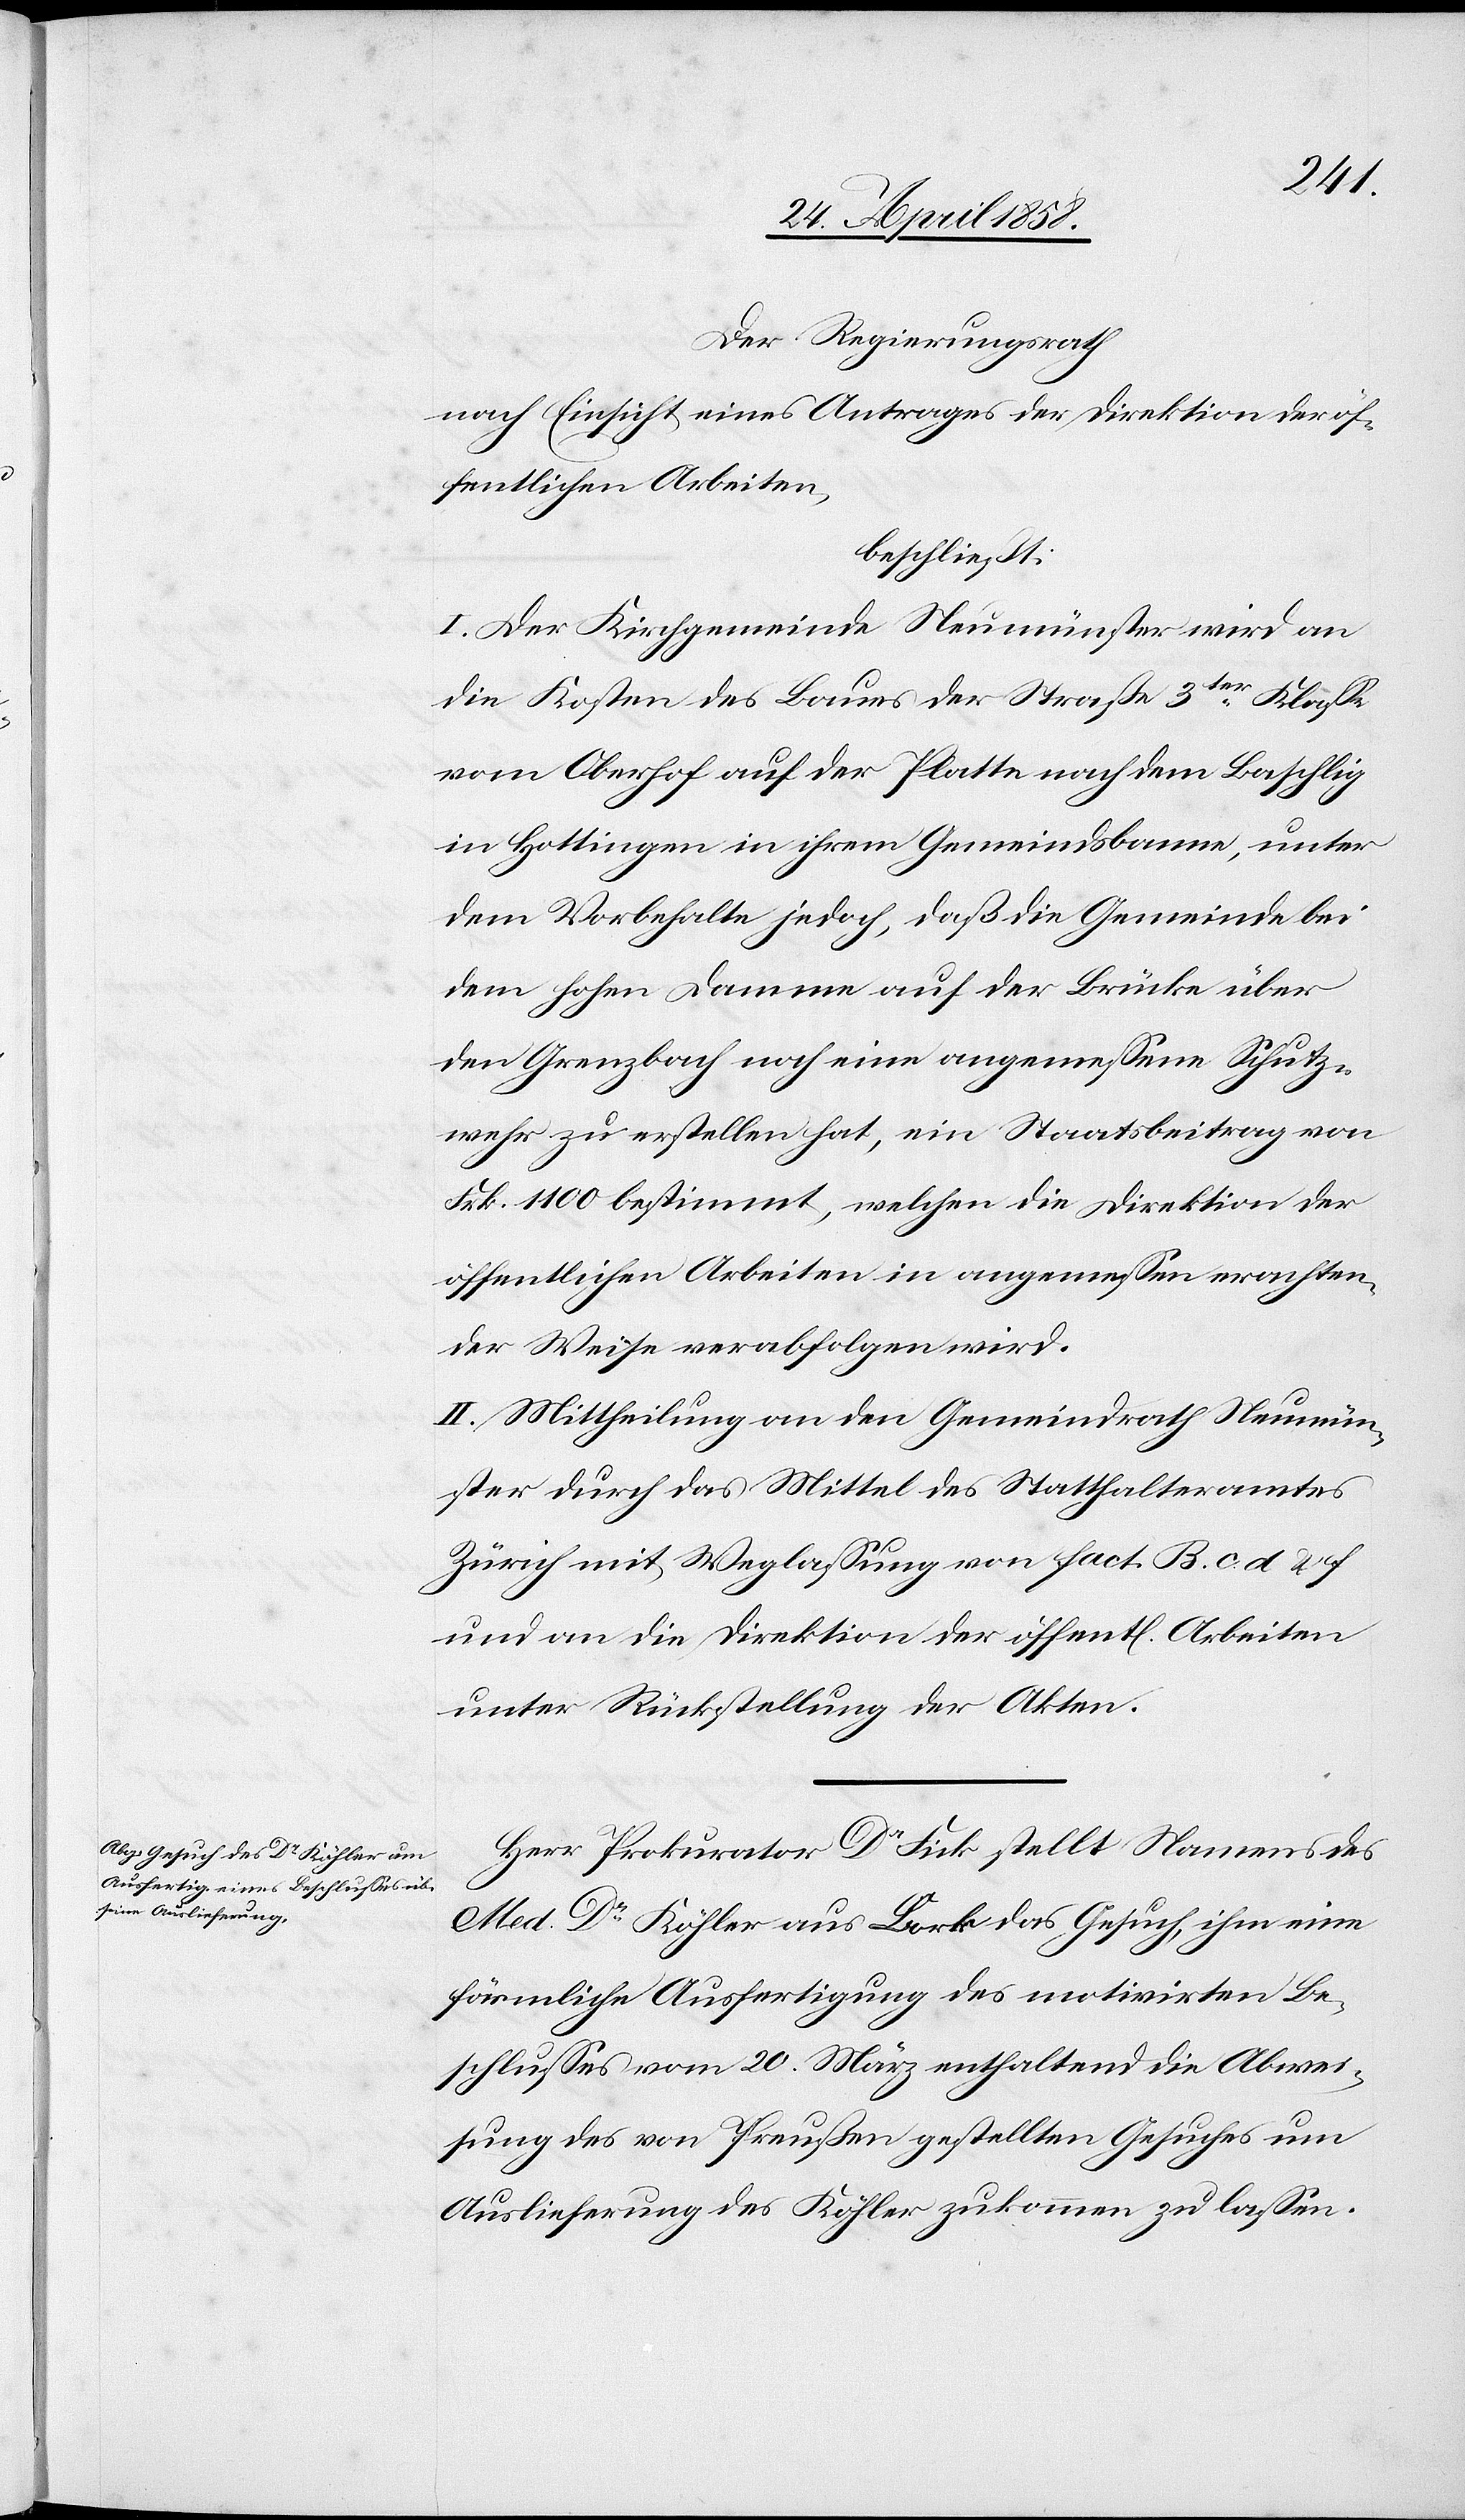
Der Regierungsrath
nach Einsicht eines Antrages der Direktion der öf¬
fentlichen Arbeiten,
beschließt:
I. Der Kirchgemeinde Neumünster wird an
die Kosten des Baues der Straße 3ter Klasse
vom Oberhof auf der Platte nach dem Baschlig
in Hottingen in ihrem Gemeindsbanne, unter
dem Vorbehalte jedoch, daß die Gemeinde bei
dem hohen Damme auf der Brücke über
den Grenzbach noch eine angemessene Schutz¬
wehr zu erstellen hat, ein Staatsbeitrag von
Frk. 1100 bestimmt, welchen die Direktion der
öffentlichen Arbeiten in angemessen erachten¬
der Weise verabfolgen wird.
II. Mittheilung an den Gemeindrath Neumün¬
ster durch das Mittel des Statthalteramtes
Zürich mit Weglassung von Fact. B. c. d. u. f
und an die Direktion der öffent[lichen] Arbeiten
unter Rückstellung der Akten.
Herr Prokurator Dr Fick stellt Namens des
Med. Dr Köhler aus Bork das Gesuch, ihm eine
förmliche Ausfertigung des motivirten Be¬
schlusses vom 20. März enthaltend die Abwei¬
sung des von Preußen gestellten Gesuches um
Auslieferung des Köhler zukommen zu lassen.